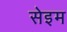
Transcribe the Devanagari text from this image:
सेइम